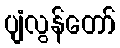
ပျံလွန်တော်